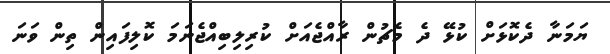
ޔަމަނާ ދެކޮޅަށް ކުޅޭ ދެ މެޗުން ރާއްޖެއަށް ކުރިލިބިއްޖެނަމަ ކޮލިފައިން ތިން ވަނަ